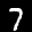
Label: 7